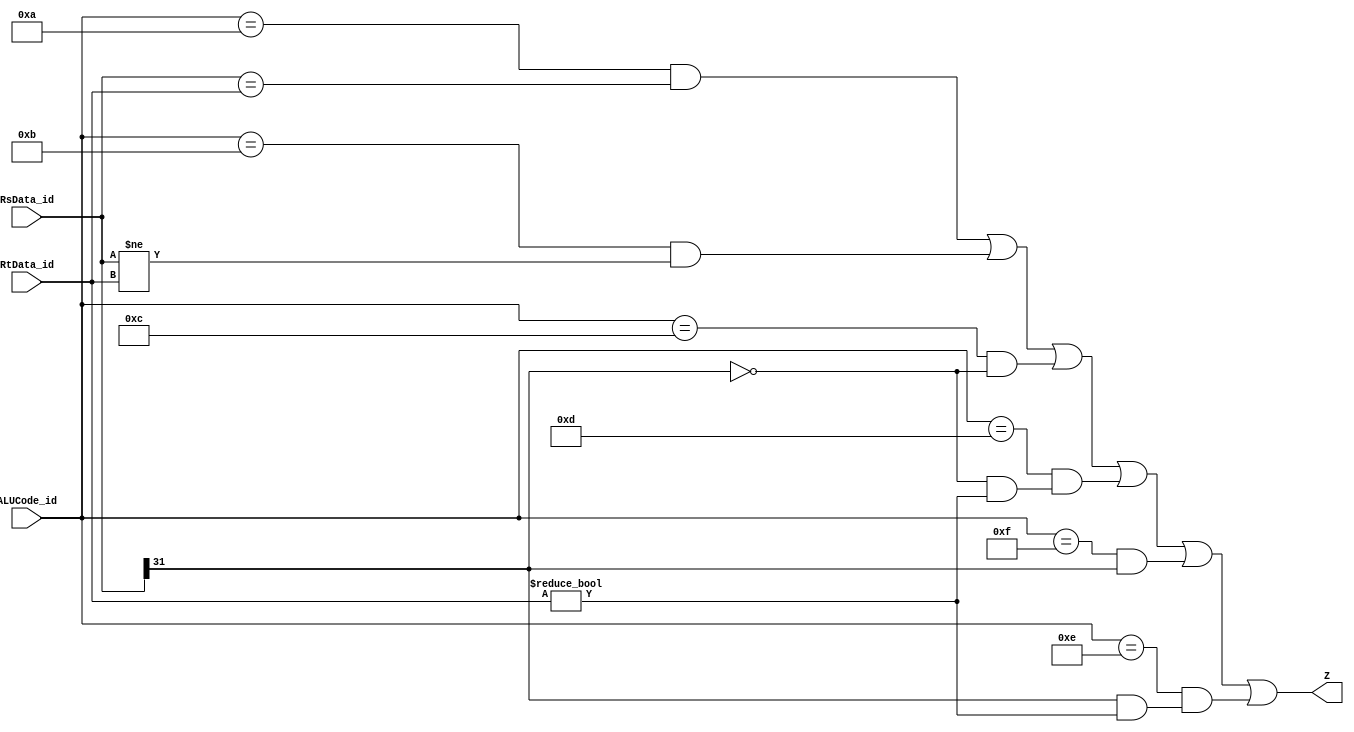
//20181217    JiangNan WU
//Zero Detector :  Branch test , detecting Structural hazards
module BranchTest (
	// Input
	input [4:0]ALUCode_id,
	input [31:0] RsData_id,
	input [31:0] RtData_id,
	//Output
	output Z 
);
	
	assign Z =  (ALUCode_id == 5'b01010) &&(RsData_id == RtData_id)  ||    		   				   		// ALUCode     == alu_beq
						 (ALUCode_id == 5'b01011) &&(RsData_id != RtData_id) ||       		 		   				// 					   == alu_bne
						 (ALUCode_id == 5'b01100) && (~RsData_id [31]) ||  				     		 		   		  // 			    		      == alu_bgez
						 (ALUCode_id == 5'b01101) && ( ( ~RsData_id[31]) && ( RtData_id != 32'b0) ) || 	   //     	  == alu_bgtz
						 (ALUCode_id == 5'b01111) && (RsData_id [31]) ||   	     				          						 // 				   == alu_bltz
						 (ALUCode_id == 5'b01110) && ((RsData_id [31]) && ( RtData_id != 32'b0) )  ;        // 				  == alu_blez
																																													  // for other ALUCode, Z=0					

endmodule